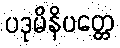
ပဒုမိနိပတ္တေ